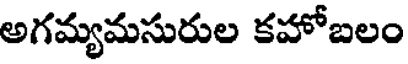
అగమ్యమసురుల కహోబలం